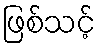
ဖြစ်သင့်